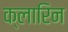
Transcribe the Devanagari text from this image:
क्लारिन